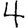
Digit: 4